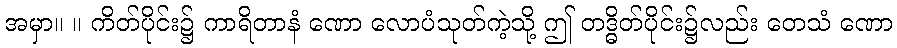
အမှာ။ ။ ကိတ်ပိုင်း၌ ကာရိတာနံ ဏော လောပံသုတ်ကဲ့သို့ ဤ တဒ္ဓိတ်ပိုင်း၌လည်း တေသံ ဏော